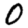
Digit: 0